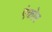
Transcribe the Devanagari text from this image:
एंकोर